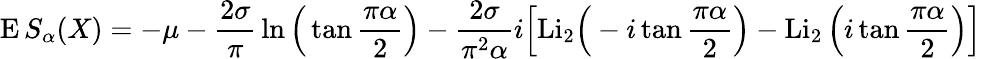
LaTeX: \operatorname{E}S_{\alpha}(X)=-\mu-{\frac{2\sigma}{\pi}}\ln{\Big(}\tan{\frac{\pi\alpha}{2}}{\Big)}-{\frac{2\sigma}{\pi^{2}\alpha}}i{\Big[}{\mathrm{Li}}_{2}{\Big(}-i\tan{\frac{\pi\alpha}{2}}{\Big)}-\operatorname{Li}_{2}{\Big(}i\tan{\frac{\pi\alpha}{2}}{\Big)}{\Big]}